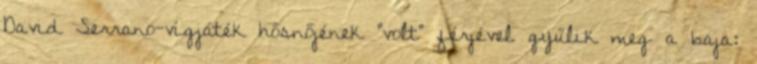
David Serrano-vígjáték hősnőjének "volt" férjével gyűlik meg a baja: